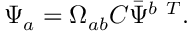
\Psi _ { a } = \Omega _ { a b } { \cal C } \bar { \Psi } ^ { b \ T } .